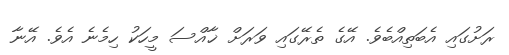
ރަށުގައި އެބަތިއްބެވެ. އޭގެ ތެރޭގައި ވަރަށް ޚާއްސަ މީހަކު ހިމެނެ އެވެ. އޭނާ